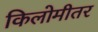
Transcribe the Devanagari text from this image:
किलोमीतर